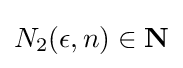
N_{2}(\epsilon ,n)\in \mathbf {N}